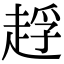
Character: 䞯